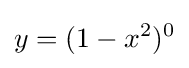
y=(1-x^{2})^{0}